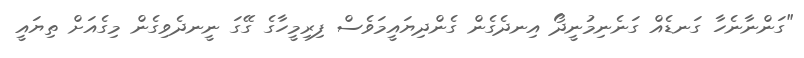
"ގަންނާނެހާ ގަނޑެއް ގަނެނިމުނީދޯ އިނދެގެން ގެންދިޔައީމަވެސް ފިރިމީހާގެ ގޭގަ ނީނދެވިގެން މިގެއަށް ތިޔައީ